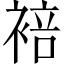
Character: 𬡣